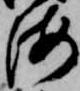
海